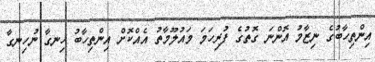
އިންތިހާބުގެ ނިޒާމު އޮންނަ ގޮތުގެ ފުރިހަމަ މައުލޫމާތު އެއްކޮށް އިންތިހާބު ހިނގާ ނުހިނގާ